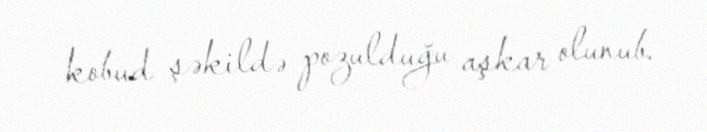
kobud şəkildə pozulduğu aşkar olunub.